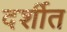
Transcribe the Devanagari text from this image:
दर्शीत